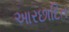
આરછાદિત